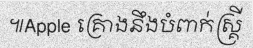
៕Apple គ្រោងនឹងបំពាក់ស្គ្រី